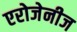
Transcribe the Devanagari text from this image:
एरोजेनीज